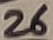
Text: 26